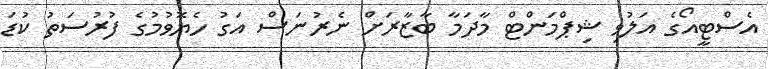
އެސްޓީއޯގެ އަލުވި ޝިޕްމަންޓް މާދަމާ ބާޒާރަށް ނެރުނަަސް އަގު ހެޔޮވުމުގެ ފުރުސަތު ކުޑަ